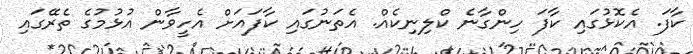
ކާފަ. އެކޮޅުގައި ކާފަ ހިންގާނެ ކްލިނިކެއް. އެތަނުގައި ކާފައަށް އެހީވާން އުޅުމުގެ ތެރޭގައި